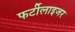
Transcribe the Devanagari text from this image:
फर्टीलाइजर